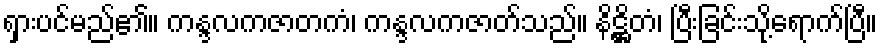
ရှားပင်မည်၏။ ကန္ဒလကဇာတကံ၊ ကန္ဒလကဇာတ်သည်။ နိဋ္ဌိတံ၊ ပြီးခြင်းသို့ရောက်ပြီ။